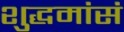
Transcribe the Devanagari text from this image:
शुद्धमांसं